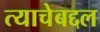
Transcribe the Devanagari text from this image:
त्याचेबद्दल